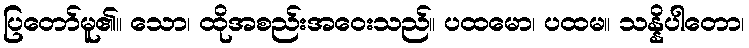
ပြတော်မူ၏။ သော၊ ထိုအစည်းအဝေးသည်။ ပထမော၊ ပထမ။ သန္နိပါတော၊